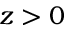
z > 0